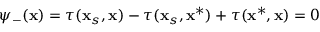
\psi _ { - } ( \mathbf { x } ) = \tau ( \mathbf { x } _ { s } , \mathbf { x } ) - \tau ( \mathbf { x } _ { s } , \mathbf { x } ^ { * } ) + \tau ( \mathbf { x } ^ { * } , \mathbf { x } ) = 0